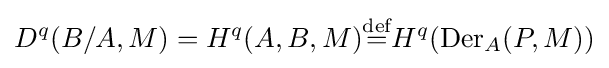
D^{q}(B/A,M)=H^{q}(A,B,M){\stackrel {\text{def}}{=}}H^{q}(\operatorname {Der} _{A}(P,M))